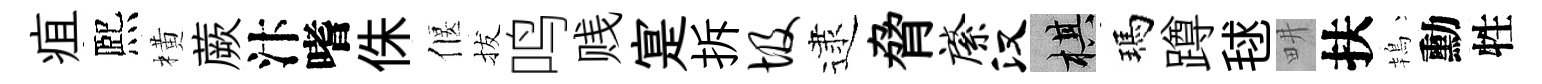
疽熈橫蕨汴嗜侏偃拔鸣贱寔拆圾逮脅綮汉棋瑪蹲毬畊扶鴇勳牲